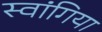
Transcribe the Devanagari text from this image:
स्वांगिया